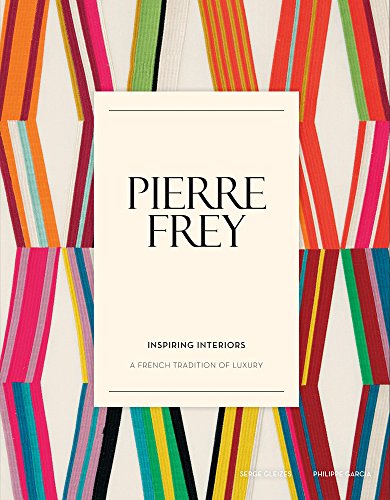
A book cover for Pierre Frey: Inspiring Interiors: A French Tradition of Luxury; Serge Gleizes; Arts & Photography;